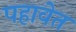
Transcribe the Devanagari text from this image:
पहावेत